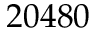
2 0 4 8 0